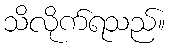
သိလိုက်ရသည်။